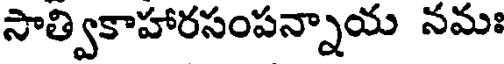
సాత్వికాహారసంపన్నాయ నమః